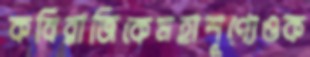
কবিরাজিকেমহাশূণ্যেওক